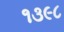
૧૩૯૮